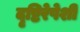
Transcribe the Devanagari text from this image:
दृष्टिरेषेशी